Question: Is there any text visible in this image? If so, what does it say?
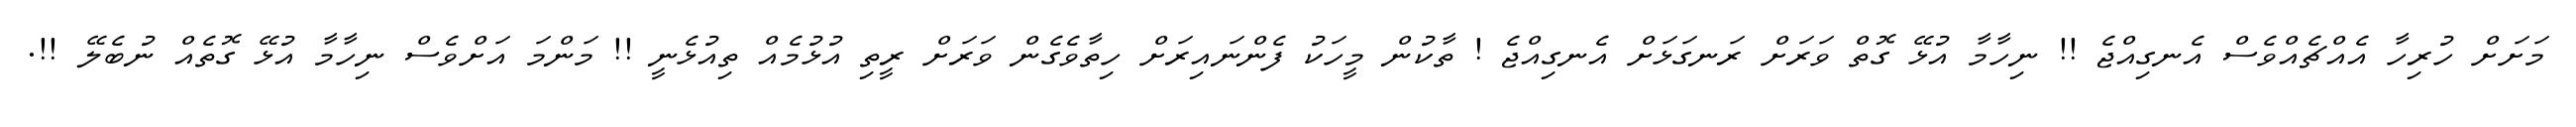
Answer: މަށަށް ހުރިހާ އެއްޗެއްވެސް އެނގިއްޖެ !! ނިހާމާ އުޅޭ ގޮތް ވަރަށް ރަނގަޅަށް އެނގިއްޖެ ! ތާކުން މީހަކު ފެންނައިރަށް ހިތާވެގެން ވަރަށް ރީތި އުޅުމެއް ތިއުޅެނީ !! މަންމަ އަށްވެސް ނިހާމާ އުޅޭ ގޮތެއް ނުބެލޭ !!.